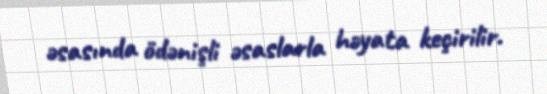
əsasında ödənişli əsaslarla həyata keçirilir.